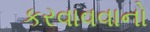
કરવાવવાનો